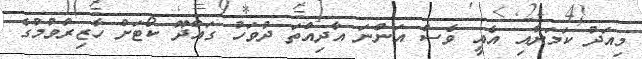
މިއަދު ކަމަށާއި އެއީ ވެސް އަންނަ އާދިއްތަ ދުވަހު ގައްދޫ ކޯޓަށް ހާޒިރުވުމުގެ